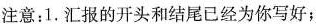
注意:1.汇报的开头和结尾已经为你写好;